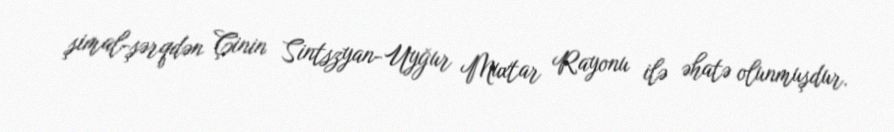
şimal-şərqdən Çinin Sintszyan-Uyğur Muxtar Rayonu ilə əhatə olunmuşdur.